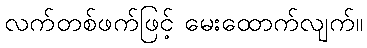
လက်တစ်ဖက်ဖြင့် မေးထောက်လျက်။